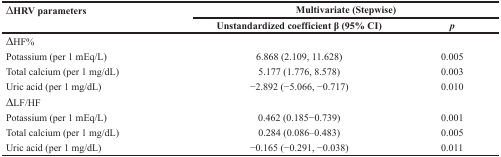
| ∆HRV parameters | <COLSPAN=2> Multivariate (Stepwise) |
 |  | Unstandardized coefficient β (95% CI) | p |
 | --- | --- | --- |
 | ∆HF% |  |  |
 | Potassium (per 1 mEq/L) | 6.868 (2.109, 11.628) | 0.005 |
 | Total calcium (per 1 mg/dL) | 5.177 (1.776, 8.578) | 0.003 |
 | Uric acid (per 1 mg/dL) | −2.892 (−5.066, −0.717) | 0.010 |
 | ∆LF/HF |  |  |
 | Potassium (per 1 mEq/L) | 0.462 (0.185−0.739) | 0.001 |
 | Total calcium (per 1 mg/dL) | 0.284 (0.086–0.483) | 0.005 |
 | Uric acid (per 1 mg/dL) | −0.165 (−0.291, −0.038) | 0.011 |